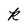
Character: k